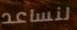
لنساعد